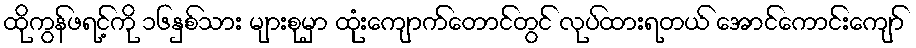
ထိုကွန်ဖရင့်ကို ၁၆နှစ်သား များစုမှာ ထုံးကျောက်တောင်တွင် လုပ်ထားရတယ် အောင်ကောင်းကျော်